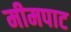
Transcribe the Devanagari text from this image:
मीमपाट